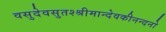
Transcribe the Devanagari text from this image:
वसुदेवसुतश्श्रीमान्देवकीनन्दनो